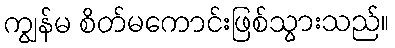
ကျွန်မ စိတ်မကောင်းဖြစ်သွားသည်။